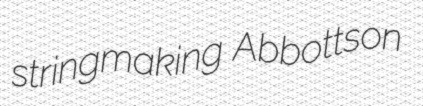
stringmaking Abbottson